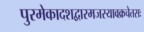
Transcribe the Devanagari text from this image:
पुरमेकादशद्वारमजस्यावक्रचेतसः